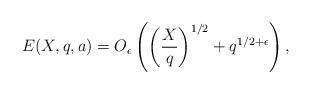
LaTeX: \begin{align*}E(X,q,a)=O_{\epsilon}\left(\left(\dfrac{X}{q}\right)^{1/2}+q^{1/2+\epsilon}\right),\end{align*}